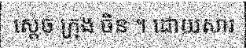
ស្តេច ក្រុង ចិន ។ ដោយសារ